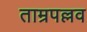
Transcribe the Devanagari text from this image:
ताम्रपल्लव